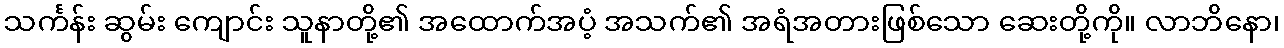
သင်္ကန်း ဆွမ်း ကျောင်း သူနာတို့၏ အထောက်အပံ့ အသက်၏ အရံအတားဖြစ်သော ဆေးတို့ကို။ လာဘိနော၊